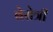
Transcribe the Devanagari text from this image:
बेसेत्री